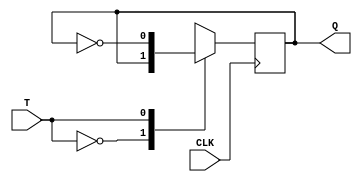
`timescale 1ns / 1ps
//////////////////////////////////////////////////////////////////////////////////
// Company: 
// Engineer: 
// 
// Design Name: 
// Module Name: Tff_as_freq_divider
// Project Name: 
// Target Devices: 
// Tool Versions: 
// Description: 
// 
// Dependencies: 
// 
// Revision:
// Revision 0.01 - File Created
// Additional Comments:
// 
//////////////////////////////////////////////////////////////////////////////////
module TFF(Q,T,CLK);
input T,CLK;
output reg Q;
always @(posedge CLK)
case(T)
1'b0: Q = Q;
1'b1: Q = ~Q;
endcase
initial Q = 1'b1;
endmodule

module Tff_as_freq_divider(FOUT,T,FIN);
input T;
input FIN;
output FOUT;
TFF u1 (.Q(FOUT),.T(T),.CLK(FIN));
endmodule